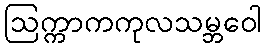
ဩက္ကာကကုလသမ္ဘဝေါ